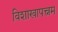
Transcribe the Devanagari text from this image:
विशाखापत्त्नम